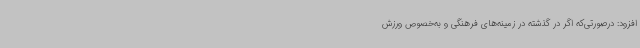
افزود: درصورتی‌که اگر در گذشته در زمینه‌های فرهنگی و به‌خصوص ورزش